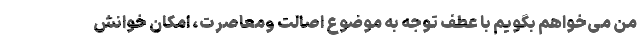
من می‌خواهم بگویم با عطف توجه به موضوع اصالت ومعاصرت، امکان خوانش